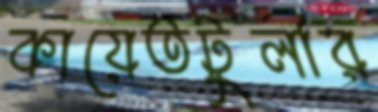
কায়েতটুলীর